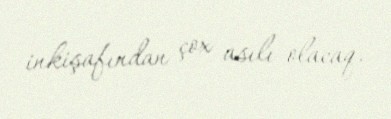
inkişafından çox asılı olacaq.